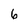
Character: 6